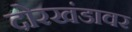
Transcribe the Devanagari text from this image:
दोरखंडावर